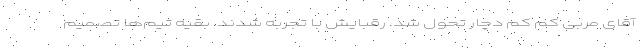
آقای مربی کم کم دچار تحول شد. رقبایش با تجربه شدند. بقیه تیم‌ها تصمیم